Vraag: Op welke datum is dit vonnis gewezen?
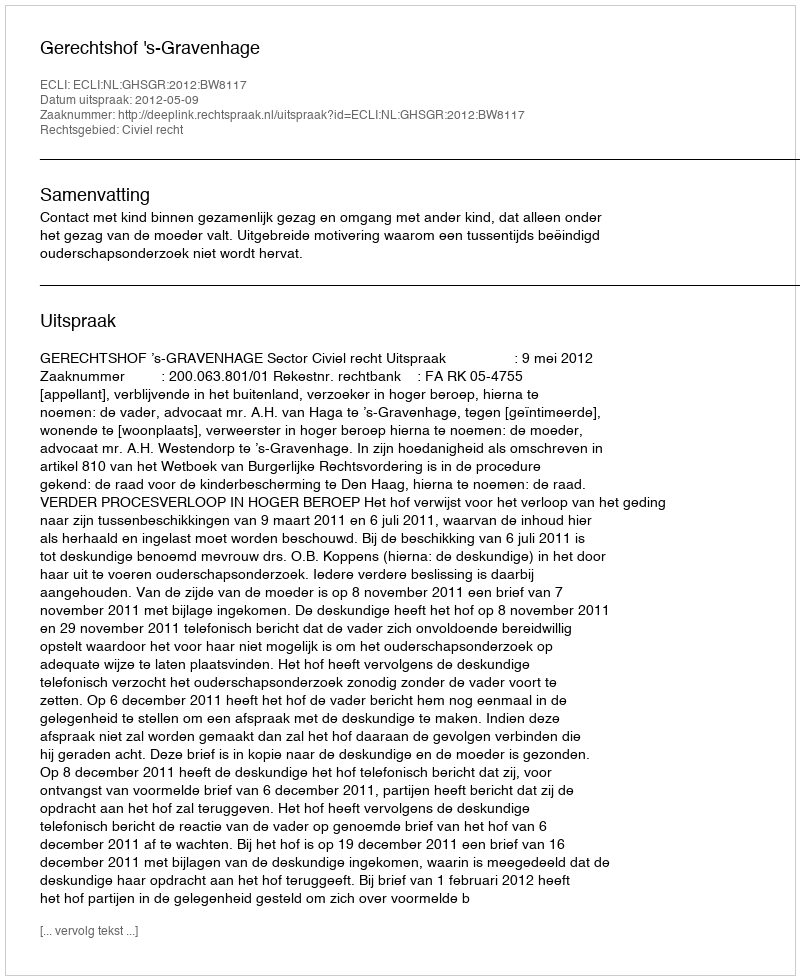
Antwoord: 2012-05-09